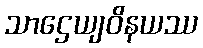
သာဌေယျဝိနယဿ